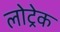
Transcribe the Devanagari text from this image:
लोट्रेक